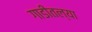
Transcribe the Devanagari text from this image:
गाडीतल्या